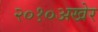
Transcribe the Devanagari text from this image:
२०१०अखेर